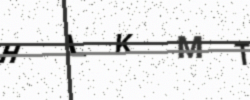
Text: HLKMT